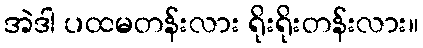
အဲဒါ ပထမတန်းလား ရိုးရိုးတန်းလား။